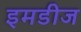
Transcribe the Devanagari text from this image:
इमडीज